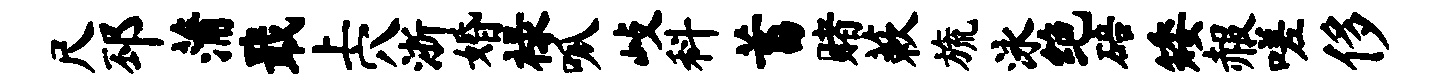
尺邳蒲戢上穴浙婚禄呱歧科蓄赌蔌旒泳绝碚矮赧嗟侈